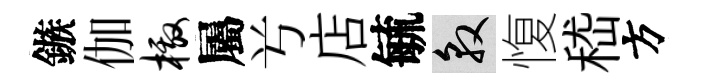
鏃伽檄屬𠔃店毓敦愎嵇方